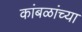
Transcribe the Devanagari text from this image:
कांबळांच्या